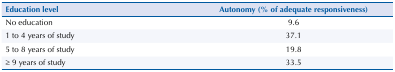
<table><thead><tr><td><b>Education level</b></td><td><b>Autonomy (% of adequate responsiveness)</b></td></tr></thead><tbody><tr><td>No education</td><td>9.6</td></tr><tr><td>1 to 4 years of study</td><td>37.1</td></tr><tr><td>5 to 8 years of study</td><td>19.8</td></tr><tr><td>≥ 9 years of study</td><td>33.5</td></tr></tbody></table>